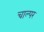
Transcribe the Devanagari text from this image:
चाल्पर